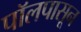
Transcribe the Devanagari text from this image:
पॉलपासून